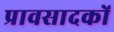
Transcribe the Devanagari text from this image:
प्रावसादकों